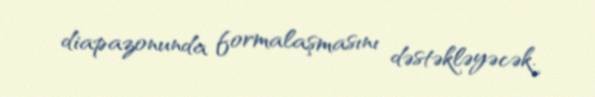
diapazonunda formalaşmasını dəstəkləyəcək.